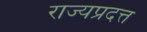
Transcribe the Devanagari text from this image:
राज्यप्रदत्त